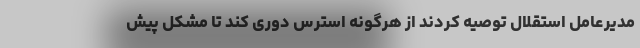
مدیرعامل استقلال توصیه کردند از هرگونه استرس دوری کند تا مشکل پیش